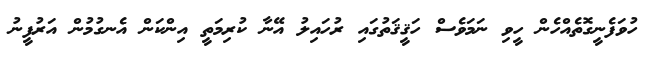
ހުވަފެނީގޮތެއްހެން ހީވި ނަމަވެސް ހަޤީޤަތުގައި ރުހައިލު އޭނާ ކުރިމަތީ އިންކަން އެނގުމުން އަރުފީނު